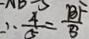
\therefore \frac { 4 } { 5 } = \frac { B F } { 5 }